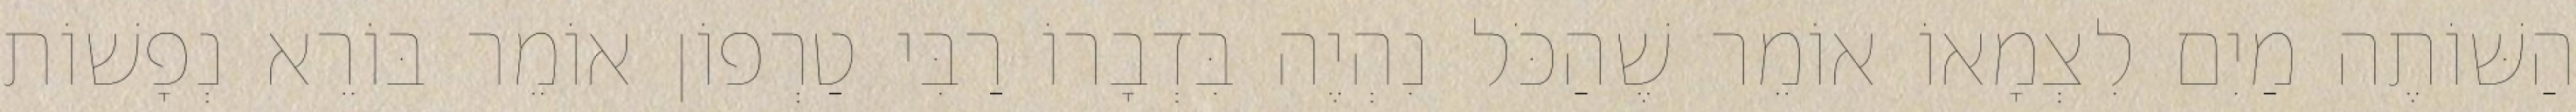
הַשּׁוֹתֶה מַיִם לִצְמָאוֹ אוֹמֵר שֶׁהַכֹּל נִהְיֶה בִּדְבָרוֹ רַבִּי טַרְפוֹן אוֹמֵר בּוֹרֵא נְפָשׁוֹת